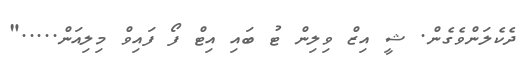
ދެކެލަންވެގެން. ޝީ އިޒް ވިލިން ޓު ބައި އިޓް ފޯ ފައިވް މިލިއަން....."